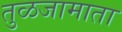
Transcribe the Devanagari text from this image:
तुळजामाता